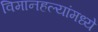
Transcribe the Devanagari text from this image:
विमानहल्यांमध्ये